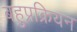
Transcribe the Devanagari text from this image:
बहुप्रक्रियन